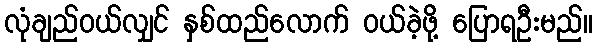
လုံချည်ဝယ်လျှင် နှစ်ထည်လောက် ဝယ်ခဲ့ဖို့ ပြောရဦးမည်။